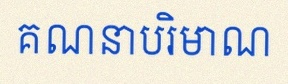
គណនាបរិមាណ